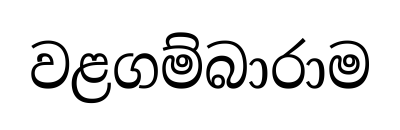
වළගම්බාරාම